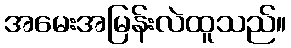
အမေးအမြန်းလဲထူသည်။